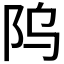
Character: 𬮻